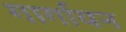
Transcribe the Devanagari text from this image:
गार्गायन